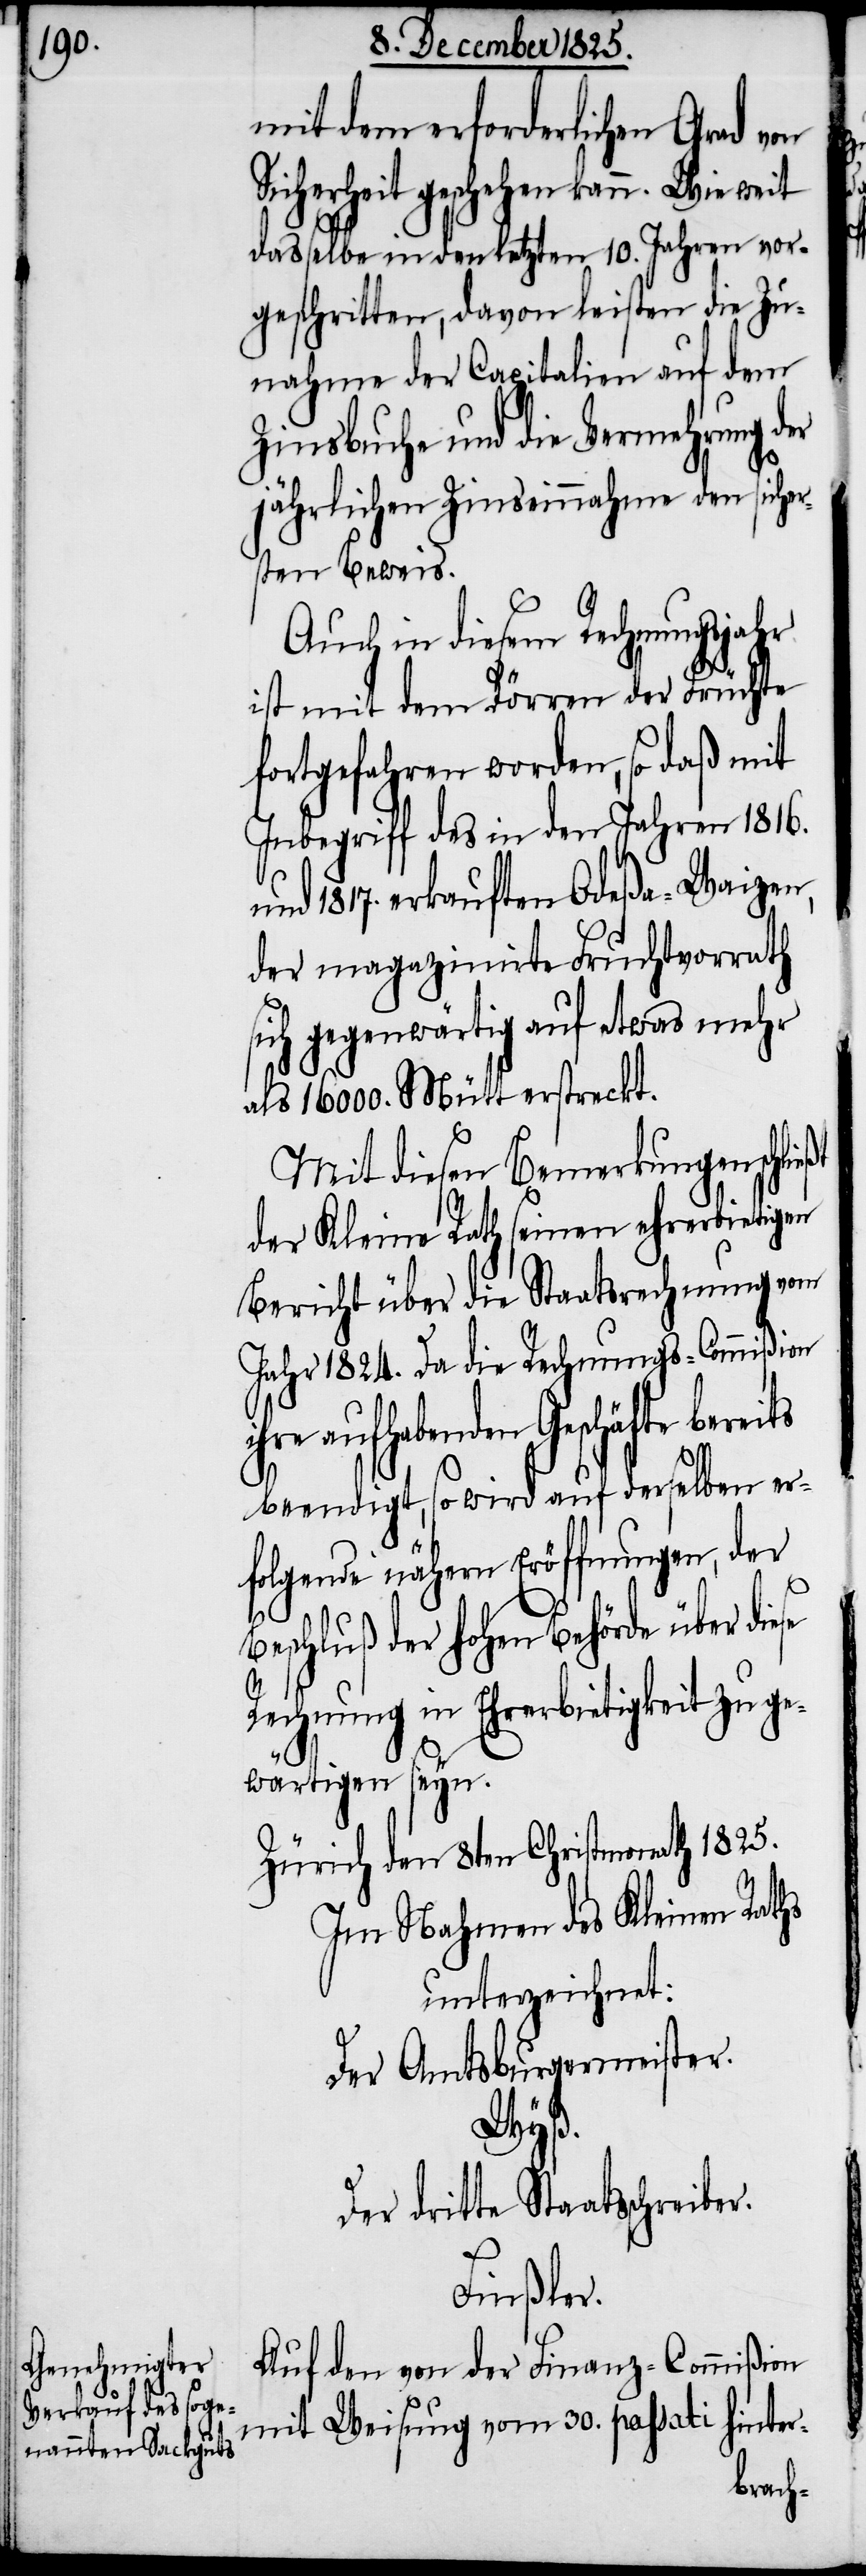
mit dem erforderlichen Grad von
Sicherheit geschehen kann. Wie weit
dasselbe in den letzten 10. Jahren vor¬
geschritten, davon leisten die Zu¬
nahme der Capitalien auf dem
Zinsbuche und die Vermehrung der
jährlichen Zinseinnahme den sicher¬
sten Beweis.
Auch in diesem Rechnungsjahr
ist mit dem Dörren der Früchte
fortgefahren worden, so daß mit
Inbegriff des in den Jahren 1816.
und 1817. erkauften Odeßa-Weizen,
der magazinirte Fruchtvorrath
sich gegenwärtig auf etwas mehr
als 16 000. Mütt erstreckt.
Mit diesen Bemerkungen schlie¬
der Kleine Rath seinen ehrerbietigen
Bericht über die Staatsrechnungen
Jahr 1824. Da die Rechnungs-Commißion
ihre aufhebenden Geschäfte berei¬
beendigt, so wird auf derselben er¬
folgende nähern Eröffnungen, der
Beschluß der hohen Behörde über diese
ts
Rechnung in Ehrerbietigkeit zu ge¬
wärtigen seyn.
Zürich den 8ten Christmonath 1825.
Im Nahmen des Kleinen Raths
unterzeichnet:
Der Amtsburgermeister.
Wyß.
Der dritte Staatsschreiber.
Finßler.
Auf den von der Finanz-Commißion
mit Weisung vom 30. passati hinter-